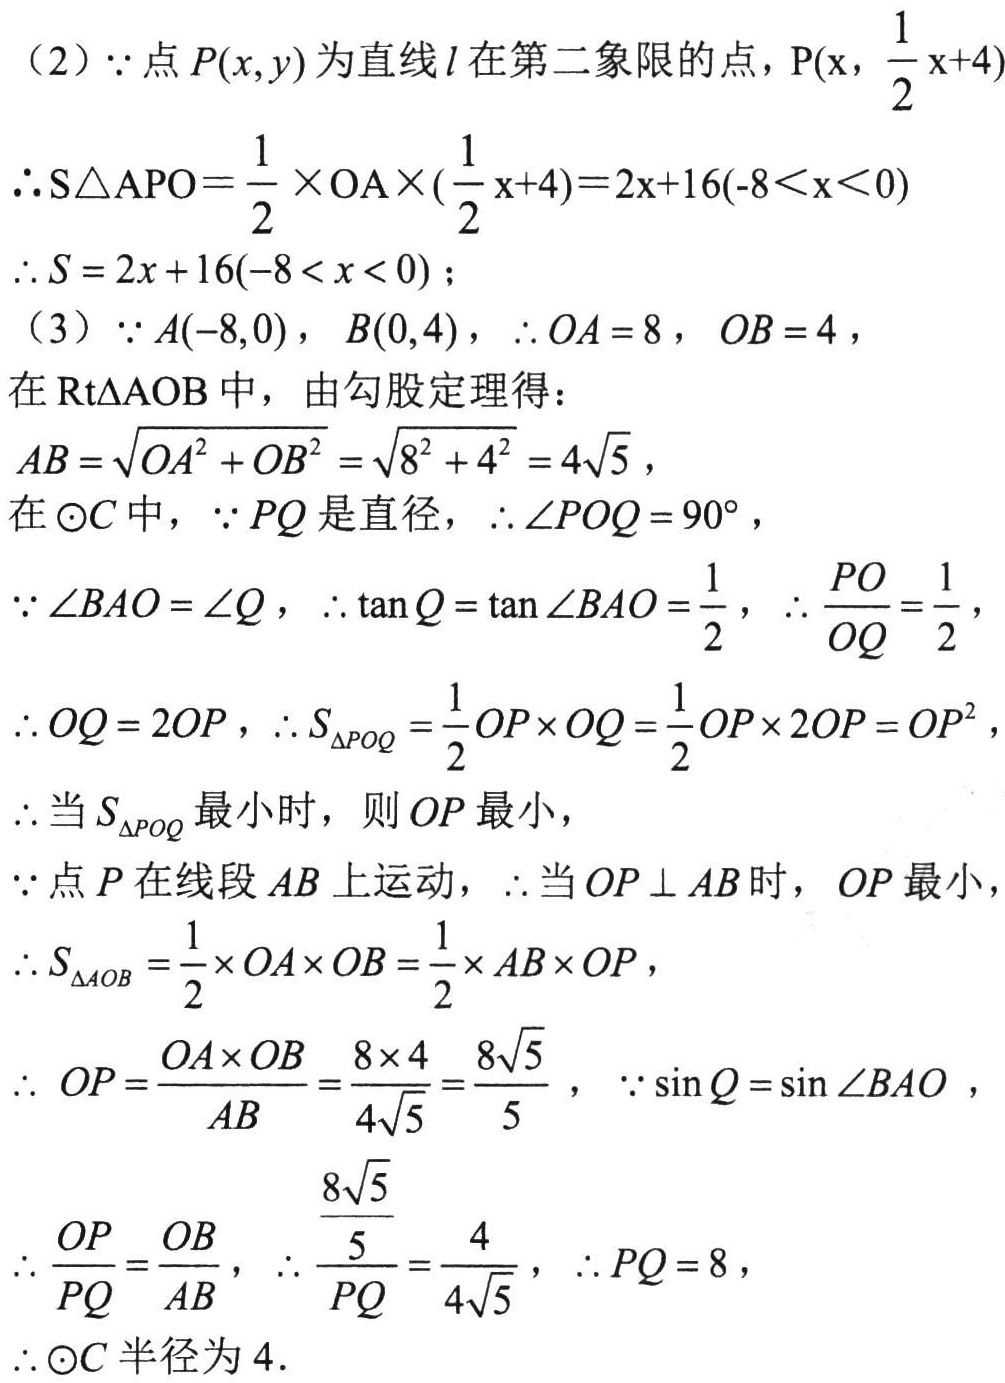
（2）$\because$点$P(x,y)$为直线$l$在第二象限的点，$\mathrm{P}(x,\frac{1}{2}x + 4)$
$\therefore S_{\triangle APO}=\frac{1}{2}\times OA\times(\frac{1}{2}x + 4)=2x + 16(-8\lt x\lt0)$
$\therefore S = 2x + 16(-8\lt x\lt0)$；
（3）$\because A(-8,0)$，$B(0,4)$，$\therefore OA = 8$，$OB = 4$，
在$\mathrm{Rt}\triangle AOB$中，由勾股定理得：
$AB=\sqrt{OA^{2}+OB^{2}}=\sqrt{8^{2}+4^{2}} = 4\sqrt{5}$，
在$\odot C$中，$\because PQ$是直径，$\therefore\angle POQ = 90^{\circ}$，
$\because\angle BAO=\angle Q$，$\therefore\tan Q=\tan\angle BAO=\frac{1}{2}$，$\therefore\frac{PO}{OQ}=\frac{1}{2}$，
$\therefore OQ = 2OP$，$\therefore S_{\triangle POQ}=\frac{1}{2}OP\times OQ=\frac{1}{2}OP\times2OP = OP^{2}$，
$\therefore$当$S_{\triangle POQ}$最小时，则$OP$最小，
$\because$点$P$在线段$AB$上运动，$\therefore$当$OP\perp AB$时，$OP$最小，
$\therefore S_{\triangle AOB}=\frac{1}{2}\times OA\times OB=\frac{1}{2}\times AB\times OP$，
$\therefore OP=\frac{OA\times OB}{AB}=\frac{8\times4}{4\sqrt{5}}=\frac{8\sqrt{5}}{5}$，$\because\sin Q=\sin\angle BAO$，
$\therefore\frac{OP}{PQ}=\frac{OB}{AB}$，$\therefore\frac{\frac{8\sqrt{5}}{5}}{PQ}=\frac{4}{4\sqrt{5}}$，$\therefore PQ = 8$，
$\therefore\odot C$半径为$4$．